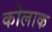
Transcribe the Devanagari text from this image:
कोलाक